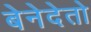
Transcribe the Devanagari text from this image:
बेनेदेतो